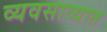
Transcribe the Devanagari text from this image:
व्यवसाव्यात